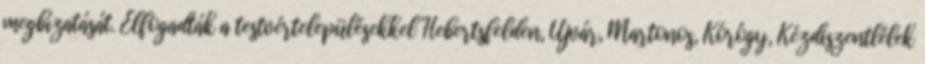
megbízatását. Elfogadták a testvértelepülésekkel Hebertsfelden, Újvár, Martonos, Kórógy, Kézdiszentlélek